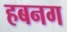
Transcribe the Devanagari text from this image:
हबनग